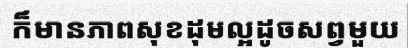
ក៏មានភាពសុខដុមល្អដូចសព្វមួយ